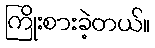
ကြိုးစားခဲ့တယ်။